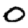
Digit: 0